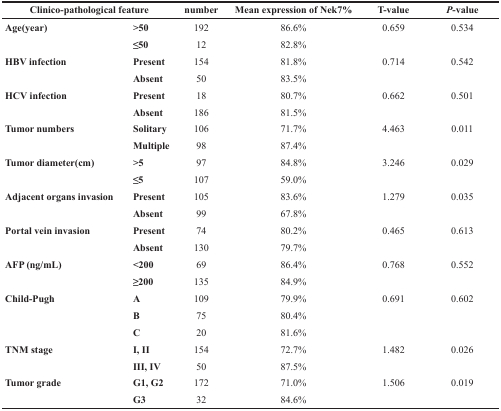
| <COLSPAN=2> Clinico-pathological feature | number | Mean expression of Nek7% | T-value | P-value |
 | --- | --- | --- | --- | --- | --- |
 | Age(year) | >50 | 192 | 86.6% | 0.659 | 0.534 |
 |  | ≤50 | 12 | 82.8% |  |  |
 | HBV infection | Present | 154 | 81.8% | 0.714 | 0.542 |
 |  | Absent | 50 | 83.5% |  |  |
 | HCV infection | Present | 18 | 80.7% | 0.662 | 0.501 |
 |  | Absent | 186 | 81.5% |  |  |
 | Tumor numbers | Solitary | 106 | 71.7% | 4.463 | 0.011 |
 |  | Multiple | 98 | 87.4% |  |  |
 | Tumor diameter(cm) | >5 | 97 | 84.8% | 3.246 | 0.029 |
 |  | ≤5 | 107 | 59.0% |  |  |
 | Adjacent organs invasion | Present | 105 | 83.6% | 1.279 | 0.035 |
 |  | Absent | 99 | 67.8% |  |  |
 | Portal vein invasion | Present | 74 | 80.2% | 0.465 | 0.613 |
 |  | Absent | 130 | 79.7% |  |  |
 | AFP (ng/mL) | <200 | 69 | 86.4% | 0.768 | 0.552 |
 |  | ≥200 | 135 | 84.9% |  |  |
 | Child-Pugh | A | 109 | 79.9% | 0.691 | 0.602 |
 |  | B | 75 | 80.4% |  |  |
 |  | C | 20 | 81.6% |  |  |
 | TNM stage | I, II | 154 | 72.7% | 1.482 | 0.026 |
 |  | III, IV | 50 | 87.5% |  |  |
 | Tumor grade | G1, G2 | 172 | 71.0% | 1.506 | 0.019 |
 |  | G3 | 32 | 84.6% |  |  |